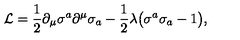
{ \cal L } = \frac { 1 } { 2 } \partial _ { \mu } \sigma ^ { a } \partial ^ { \mu } \sigma _ { a } - \frac { 1 } { 2 } \lambda \bigl ( \sigma ^ { a } \sigma _ { a } - 1 \bigr ) ,